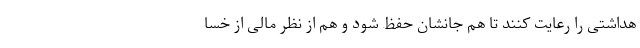
هداشتی را رعایت کنند تا هم جانشان حفظ شود و هم از نظر مالی از خسا